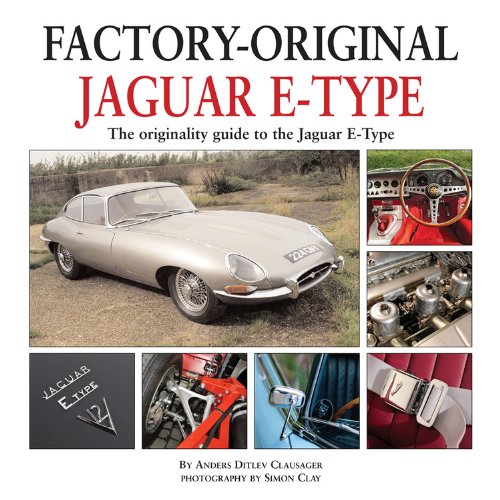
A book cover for Jaguar E-Type: The Originality Guide to the Jaguar E-Type  (Factory-Original); Anders Ditlev Clausager; Engineering & Transportation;